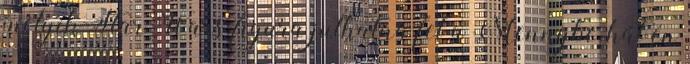
melyik Star Wars-figura juthatna fel a Mennybe, hát én